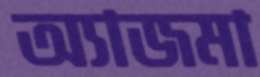
অ্যাজমা